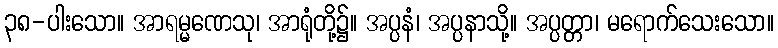
၃၈-ပါးသော။ အာရမ္မဏေသု၊ အာရုံတို့၌။ အပ္ပနံ၊ အပ္ပနာသို့။ အပ္ပတ္တာ၊ မရောက်သေးသော။